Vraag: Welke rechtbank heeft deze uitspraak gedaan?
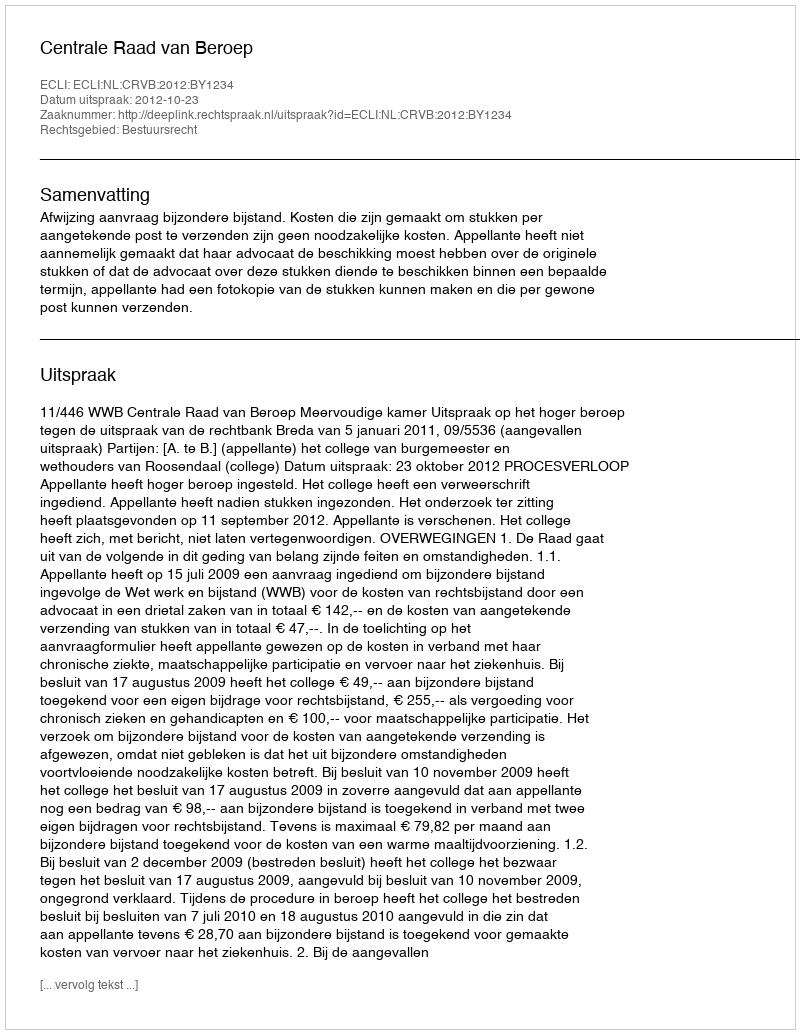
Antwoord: Centrale Raad van Beroep